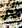
بأن